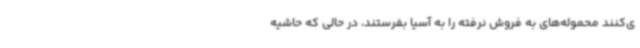
ی‌کنند محموله‌های به فروش نرفته را به آسیا بفرستند، در حالی که حاشیه